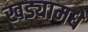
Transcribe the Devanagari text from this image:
खड्यामधे